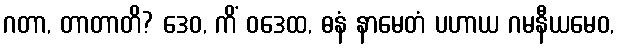
ဂတာ, တာတာတိ? ဒေဝ, ကိံ ဝဒေထ, ဓနံ နာမေတံ ပဟာယ ဂမနီယမေဝ,